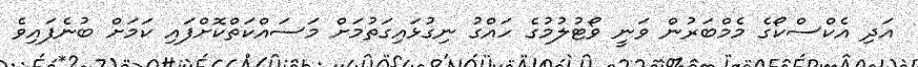
އަދި އެކްސްކޯގެ މެމްބަރުން ވަނީ ވޯޓުލުމުގެ ހައްގު ނިގުޅައިގަތުމަށް މަސައްކަތްކޮށްފައި ކަމަށް ބުނެފައިވެ